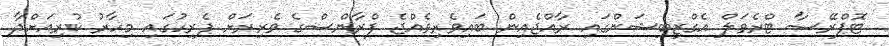
ޓޮޕްރޭސާ ޓްރެވަލް އެގްޒިބިޝަންގައި ރާއްޖެއިން ބައިވެރިވެއްޖެ ފްރާންސްގެ ވެރިރަށް ޕެރިހުގައި މިހާރު ކުރިއަށްދާ